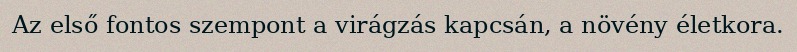
Az első fontos szempont a virágzás kapcsán, a növény életkora.